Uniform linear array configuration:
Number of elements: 8
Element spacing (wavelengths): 0.5
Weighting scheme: kaiser
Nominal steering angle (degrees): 30
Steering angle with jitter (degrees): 29.673
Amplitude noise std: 0.05
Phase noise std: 0.05

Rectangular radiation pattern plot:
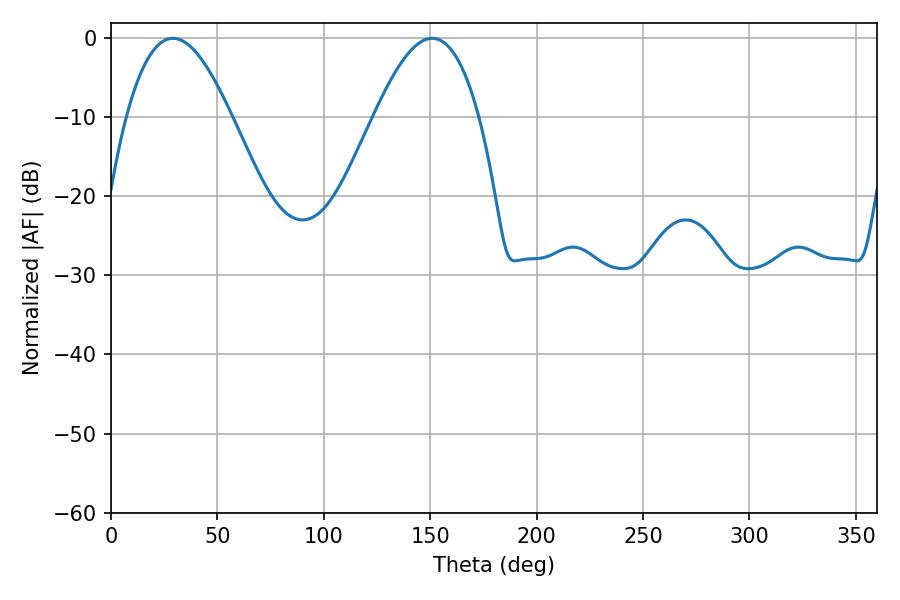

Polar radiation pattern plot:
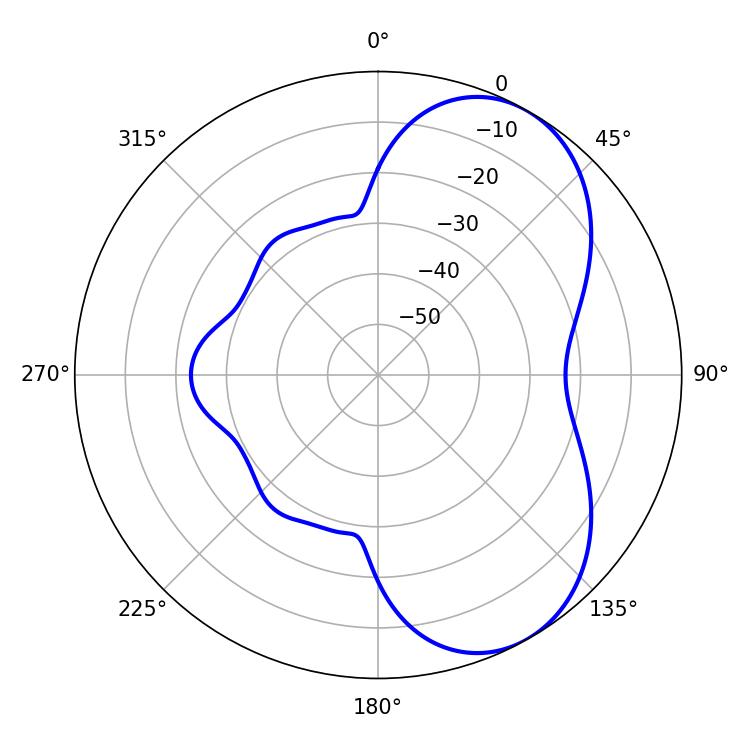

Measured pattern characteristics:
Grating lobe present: FALSE
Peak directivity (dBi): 5.92
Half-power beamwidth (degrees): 26.82
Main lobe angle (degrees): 29.16